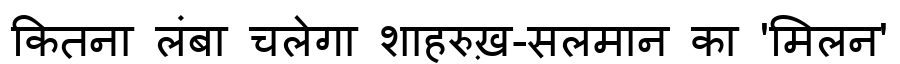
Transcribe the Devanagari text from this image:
कितना लंबा चलेगा शाहरुख़-सलमान का 'मिलन'